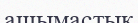
ашымастық